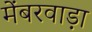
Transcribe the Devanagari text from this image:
मेंबरवाड़ा